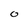
Character: O